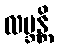
လဗ္ဘန္တိ